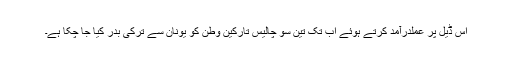
اس ڈيل پر عملدرآمد کرتے ہوئے اب تک تين سو چاليس تارکين وطن کو يونان سے ترکی بدر کيا جا چکا ہے۔